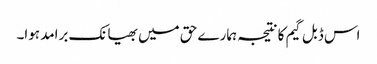
اس ڈبل گیم کا نتیجہ ہمارے حق میں بھیانک برامد ہوا۔